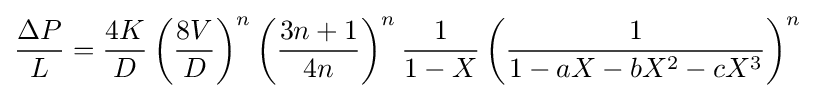
{\frac {\Delta P}{L}}={\frac {4K}{D}}\left({\frac {8V}{D}}\right)^{n}\left({\frac {3n+1}{4n}}\right)^{n}{\frac {1}{1-X}}\left({\frac {1}{1-aX-bX^{2}-cX^{3}}}\right)^{n}